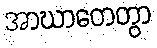
အာဃာတေတွာ